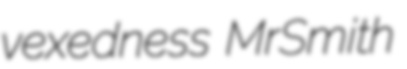
vexedness MrSmith